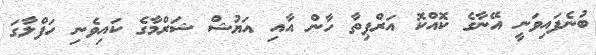
ބުނެފައިވަނީ އޭނާގެ ކޮއްކޮ އަރްޕިތާ ހާން އާއި އަޔުޝް ޝަރްމާގެ ކައިވެނި ހަފްލާގަ